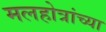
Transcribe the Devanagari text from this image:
मलहोत्रांच्या